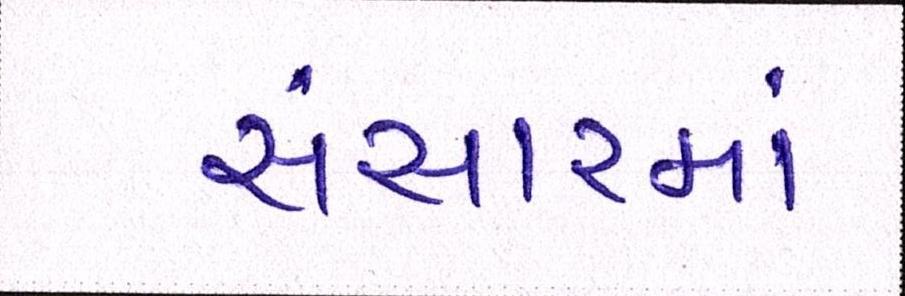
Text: સંસારમાં